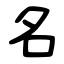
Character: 名